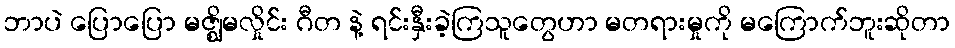
ဘာပဲ ပြောပြော မဇ္ဈိမလှိုင်း ဂီတ နဲ့ ရင်းနှီးခဲ့ကြသူတွေဟာ မတရားမှုကို မကြောက်ဘူးဆိုတာ